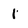
Character: 1